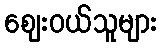
ဈေးဝယ်သူများ